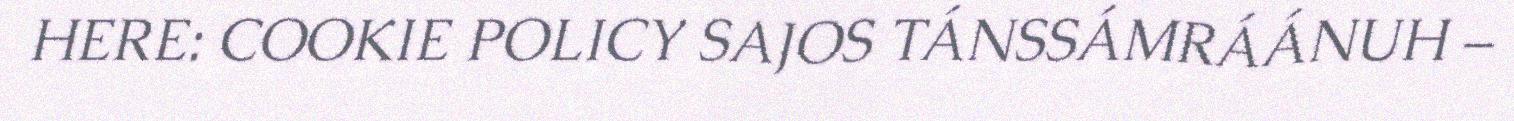
HERE: COOKIE POLICY SAJOS TÁNSSÁMRÁÁNUH –